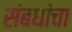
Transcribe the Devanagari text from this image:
संबधांचा